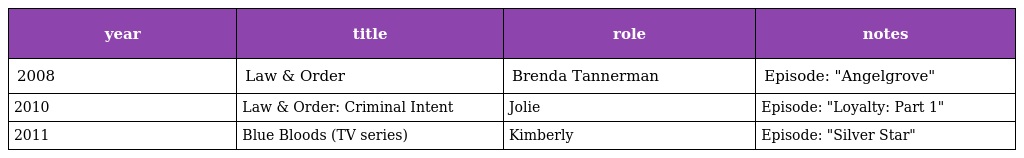
| year | title | role | notes |
 | --- | --- | --- | --- |
 | 2008 | Law & Order | Brenda Tannerman | Episode: "Angelgrove" |
 | 2010 | Law & Order: Criminal Intent | Jolie | Episode: "Loyalty: Part 1" |
 | 2011 | Blue Bloods (TV series) | Kimberly | Episode: "Silver Star" |